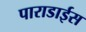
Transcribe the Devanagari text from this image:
पाराडाईस